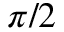
\pi / 2